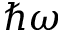
\hbar \omega